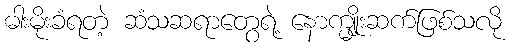
ဓါးမိုးခံရတဲ့ ဆံသဆရာတွေရဲ့ နောက္မျိုးဆက်ဖြစ်သလို